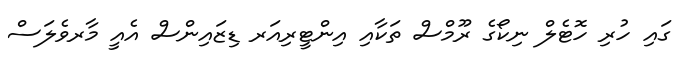
ގައި ހުރި ހޮޓެލް ނިކޯގެ ރޫމްސް ތަކާއި އިންޓީރިއަރ ޑިޒައިންސް އެއީ މާރވެލަސް